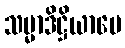
သမ္မာဒိဋ္ဌိယာပေ